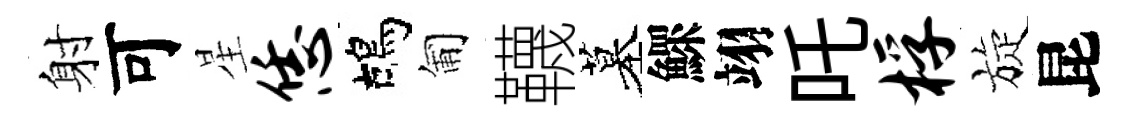
射可星恁鴣匍韈墓鰥翊吒桴旋昆